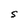
Character: S